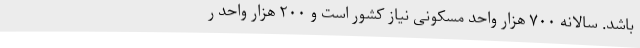
باشد. سالانه ۷۰۰ هزار واحد مسکونی نیاز کشور است و ۲۰۰ هزار واحد ر